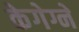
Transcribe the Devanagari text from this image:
केगेग्ने